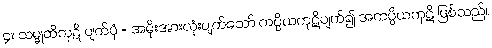
၄။ သမ္မုတိကုဋိ ပျက်ပုံ = အမိုးအားလုံးပျက်သော် ကပ္ပိယကုဋိပျက်၍ အကပ္ပိယကုဋိ ဖြစ်သည်။